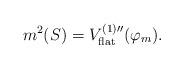
LaTeX: \begin{align*}m^2(S)=V_{\mbox{\scriptsize flat}}^{(1) \prime \prime}(\varphi_m).\end{align*}